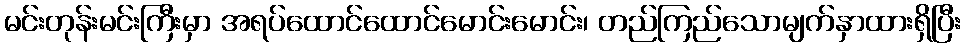
မင်းတုန်းမင်းကြီးမှာ အရပ်ထောင်ထောင်မောင်းမောင်း၊ တည်ကြည်သောမျက်နှာထားရှိပြီး